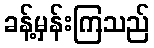
ခန့်မှန်းကြသည်